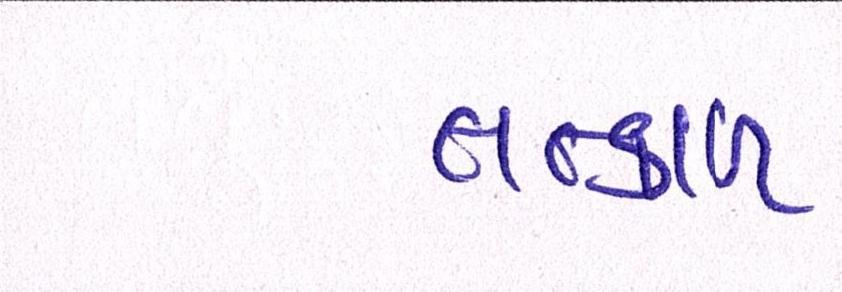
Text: તત્કાળ